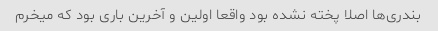
بندری‌ها اصلا پخته نشده بود واقعا اولین و آخرین باری بود که میخرم